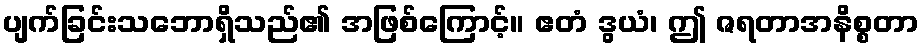
ပျက်ခြင်းသဘောရှိသည်၏ အဖြစ်ကြောင့်။ ဧတံ ဒွယံ၊ ဤ ဇရတာအနိစ္စတာ